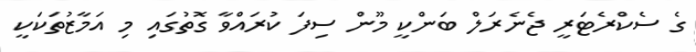
ގެ ސެކްރެޓަރީ ޖެނެރަލް ބަންކީ މޫން ސިފަ ކުރައްވާ ގޮތުގައި މި އަމާޒުތަކަކީ